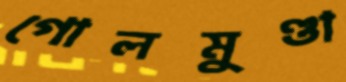
গোলমুণ্ডা